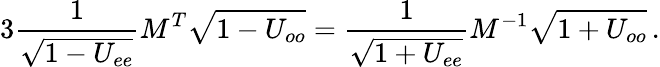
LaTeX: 3\frac{1}{\sqrt{1-U_{ee}}}M^{T}\sqrt{1-U_{oo}}=\frac{1}{\sqrt{1+U_{ee}}}M^{-1}\sqrt{1+U_{oo}}\, .